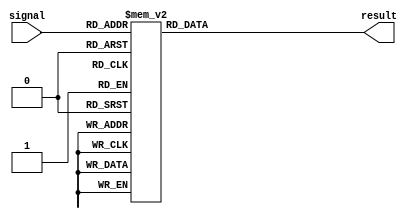
module simple_case_statement(
    input [2:0] signal,
    output reg result
);

always @(*)
begin
    case(signal)
        3'b000: result = 1; // if signal is 000, result is assigned 1
        3'b001: result = 0; // if signal is 001, result is assigned 0
        3'b010: result = 1; // if signal is 010, result is assigned 1
        3'b011: result = 0; // if signal is 011, result is assigned 0
        3'b100: result = 1; // if signal is 100, result is assigned 1
        3'b101: result = 0; // if signal is 101, result is assigned 0
        3'b110: result = 1; // if signal is 110, result is assigned 1
        3'b111: result = 0; // if signal is 111, result is assigned 0
    endcase
end

endmodule